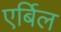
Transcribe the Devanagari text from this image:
एर्बिल